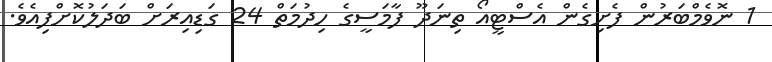
1 ނޮވެމްބަރުން ފެށިގެން އެސްޓީއޯ ތިނަދޫ ފާމަސީގެ ހިދުމަތް 24 ގަޑިއިރަށް ބަދަލުކޮށްފިއެވެ.